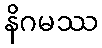
နိဂမဿ